Vaccination in Bombay 1874-1876 - 1874-1876
Year: 1874
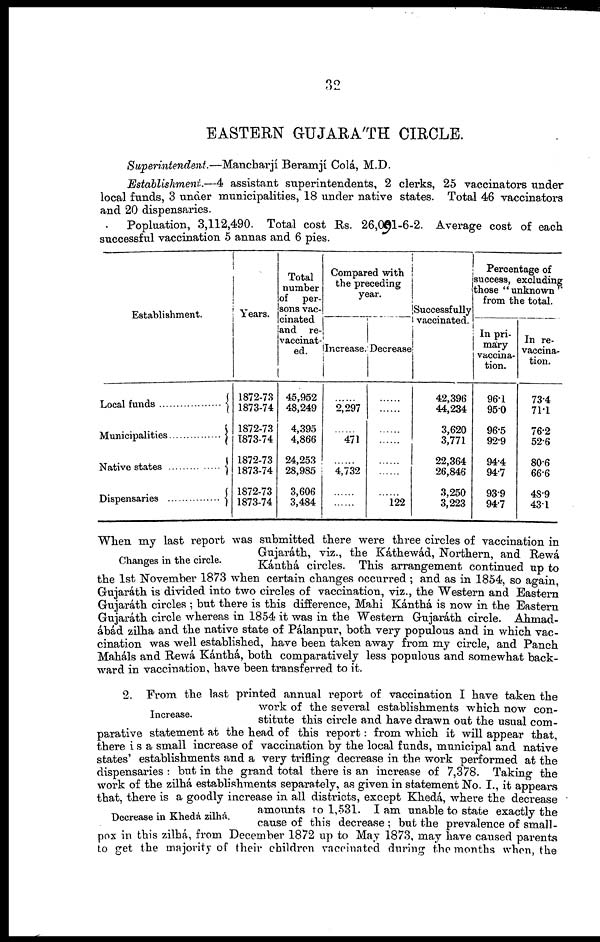
32
EASTERN GUJARÁTH CIRCLE.
Superintendent.—Mancharjí
Beramjí Colá, M.D.
Establishment..—4 assistant superintendents, 2 clerks, 25 vaccinators under
local funds, 3 under municipalities, 18 under native states. Total 46 vaccinators
and 20 dispensaries.
Popluation, 3,112,490. Total cost Rs. 26,091-6-2. Average cost of each
successful vaccination 5 annas and 6 pies.
Establishment.
Local funds . . . . . . . . . . . . . . . . . . .
Muncipalities . . . . . . . . . . . . . . . . . . .
Native states . . . . . . . . . . . . . . . . . . .
Dispensaries . . . . . . . . . . . . . . . . . . . .
Years.
1872-73
1873-74
1872-73
1873-74
1872-73
1873-74
1872-73
1873-74
Total
number
of per-
sons vac-
cinated
and re-
vaccinat-
ed.
45,952
48,249
4,395
4,866
24,253
28,985
3,606
3,484
Compared with
the preceding
year.
Increase.
......
2,297
......
471
......
4,732
......
......
Decrease
......
......
......
......
......
......
......
122
Successfully
vaccinated.
42,396
44,234
3,620
3,771
22,364
26,846
3,250
3,223
Percentage of
success, excluding
those "unknown"
from the total.
In pri-
mary
vaccina-
tion.
96.1
95.0
96.5
92.9
94.4
94.7
93.9
94.7
In re-
vaccina-
tion.
73.4
71.1
76.2
52.6
80.6
66.6
48.9
43.1
Changes in the circle.
When my last report was submitted there were three circles of vaccination in
Gujaráth, viz., the Káthewád, Northern, and Rewá
Kánthá circles. This arrangement continued up to
the 1st November 1873 when certain changes occurred ; and as in 1854, so again,
Gujaráth is divided into two circles of vaccination, viz., the Western and Eastern
Gujaráth circles ; but there is this difference, Mahi Kánthá is now in the Eastern
Gujaráth circle whereas in 1854 it was in the Western Gujaráth circle. Ahmad¬
ábád zilha and the native state of Pálanpur, both very populous and in which vac-
cination was well established, have been taken away from my circle, and Panch
Maháls and Rewá Kánthá, both comparatively less populous and somewhat back-
ward in vaccination, have been transferred to it.
Increase.
Decrease in Khedá zilhá.
2. From the last printed annual report of vaccination I have taken the
work of the several establishments which now con-
stitute this circle and have drawn out the usual com-
parative statement at the head of this report: from which it will appear that,
there is a small increase of vaccination by the local funds, municipal and native
states' establishments and a very trifling decrease in the work performed at the
dispensaries : but in the grand total there is an increase of 7,378. Taking the
work of the zilhá establishments separately, as given in statement No. I., it appears
that, there is a goodly increase in all districts, except Khedá, where the decrease
amounts to 1,531. I am unable to state exactly the
cause of this decrease ; but the prevalence of small-
pox in this zilhá, from December 1872 up to May 1873, may have caused parents
to get the majority of their children vaccinated during the months when, the